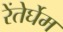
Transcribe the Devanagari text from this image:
रेंतेर्घेम